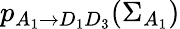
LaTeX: p_{A_{1}\rightarrow D_{1}D_{3}}(\Sigma_{A_{1}})